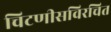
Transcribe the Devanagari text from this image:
चिटणीसविरचित